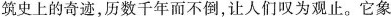
筑史上的奇迹，历数千年而不倒，让人们叹为观止。它象